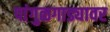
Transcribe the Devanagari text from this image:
पांगुळगाड्यावर